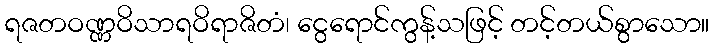
ရဇတဝဏ္ဏဝိသာရဝိရာဇိတံ၊ ငွေရောင်ကွန့်သဖြင့် တင့်တယ်စွာသော။